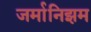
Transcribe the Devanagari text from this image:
जर्मानिझम